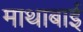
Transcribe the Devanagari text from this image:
माथाबाई